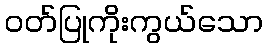
ဝတ်ပြုကိုးကွယ်သော